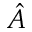
\hat { A }